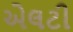
એલટી